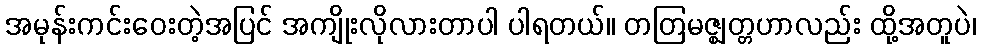
အမုန်းကင်းဝေးတဲ့အပြင် အကျိုးလိုလားတာပါ ပါရတယ်။ တတြမဇ္ဈတ္တဟာလည်း ထို့အတူပဲ၊